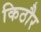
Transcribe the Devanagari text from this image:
किठौर